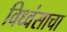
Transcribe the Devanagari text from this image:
विध्वंसाचा